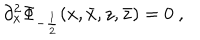
\partial _ { x } ^ { 2 } \Phi _ { - \frac { 1 } { 2 } } ( x , \bar { x } , z , \bar { z } ) = 0 ~ ,